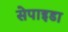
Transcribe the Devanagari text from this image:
सेपाइडा